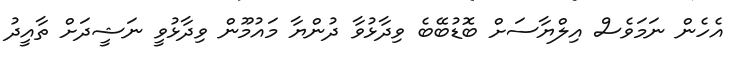
އެހެން ނަމަވެސް އިލްޔާސަށް ބޮޑުބޭބެ ވިދާޅުވާ ދުންޔާ މައުމޫން ވިދާޅުވީ ނަޝީދަށް ތާއީދު